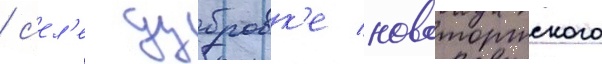
/ с'ел'е дубровк'е новоторжского